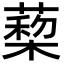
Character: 蔾